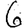
Digit: 6